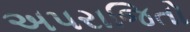
અપરાજિતો